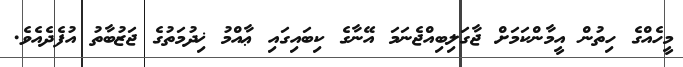
މީހެއްގެ ހިތުން އީމާންކަމަށް ޖާގަލިބިއްޖެނަމަ އޭނާގެ ކިބައިގައި ޢާއްމު ޚިދުމަތުގެ ޖަޒުބާތު އުފެދެއެވެ.